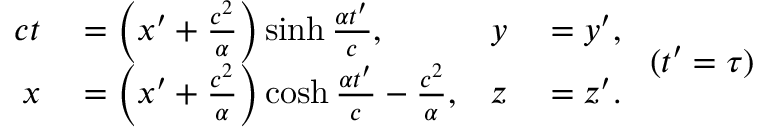
{ \begin{array} { r l r l } { c t } & { { } = \left( x ^ { \prime } + { \frac { c ^ { 2 } } { \alpha } } \right) \sinh { \frac { \alpha t ^ { \prime } } { c } } , } & { y } & { { } = y ^ { \prime } , } \\ { x } & { { } = \left( x ^ { \prime } + { \frac { c ^ { 2 } } { \alpha } } \right) \cosh { \frac { \alpha t ^ { \prime } } { c } } - { \frac { c ^ { 2 } } { \alpha } } , } & { z } & { { } = z ^ { \prime } . } \end{array} } \ ( t ^ { \prime } = \tau )